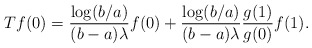
\begin{align*} Tf(0) =\frac{\log(b/a)}{(b-a) \lambda }f(0) + \frac{\log(b/a)}{(b-a)\lambda} \frac{g(1)}{g(0)}f(1) .\end{align*}